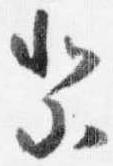
祭